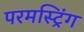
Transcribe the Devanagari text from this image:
परमस्ट्रिंग